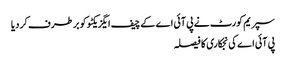
سپریم کورٹ نے پی آئی اے کے چیف ایگزیکٹو کو برطرف کر دیا
پی آئی اے کی نجکاری کا فیصلہ